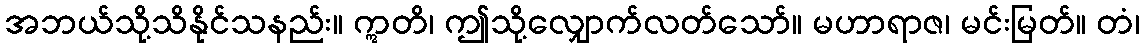
အဘယ်သို့သိနိုင်သနည်း။ ဣတိ၊ ဤသို့လျှောက်လတ်သော်။ မဟာရာဇ၊ မင်းမြတ်။ တံ၊